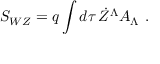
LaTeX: S _ { W Z } = q \int d \tau \, \dot { Z } ^ { \Lambda } A _ { \Lambda } \ .